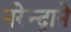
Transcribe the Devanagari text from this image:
नरेन्द्राने